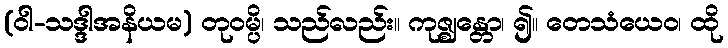
(ဝါ-သဒ္ဒါအနိယမ) တုဝမ္ပိ၊ သည်လည်း။ ကုဇ္ဈန္တော၊ ၍။ တေသံယေဝ၊ ထို